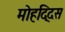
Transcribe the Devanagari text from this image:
मोहद्दिस